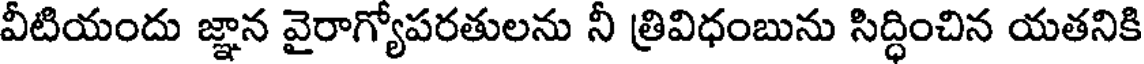
వీటియందు జ్ఞాన వైరాగ్యోపరతులను నీ త్రివిధంబును సిద్ధించిన యతనికి